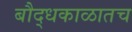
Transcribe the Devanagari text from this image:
बौद्धकाळातच